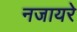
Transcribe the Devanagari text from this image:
नजायरे